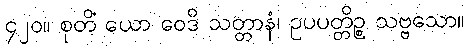
၄၂၀။ စုတိံ ယော ဝေဒိ သတ္တာနံ၊ ဥပပတ္တိဉ္စ သဗ္ဗသော။